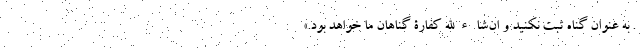
. به عنوان گناه ثبت نکنید و ان‌شاءالله کفارۀ گناهان ما خواهد بود.»